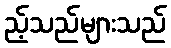
ည့်သည်များသည်